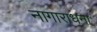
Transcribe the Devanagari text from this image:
नागाराधना